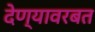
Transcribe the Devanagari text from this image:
देण्यावरबत